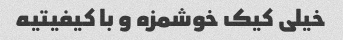
خیلی کیک خوشمزه و با کیفیتیه